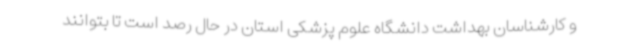
و کارشناسان بهداشت دانشگاه علوم ‌پزشکی استان در حال رصد است تا بتوانند